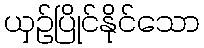
ယှဉ်ပြိုင်နိုင်သော